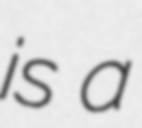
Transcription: is a